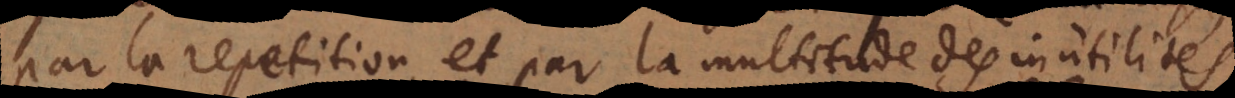
par la repetition, et par la multitude des inutilités